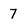
Character: 7